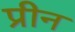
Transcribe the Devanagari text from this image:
प्रीन